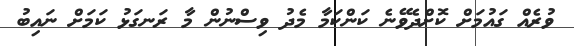
ވުރެއް ގައުމަށް ކޮށްދެވޭނެ ކަންކަމާ މެދު ވިސްނުން މާ ރަނގަޅު ކަމަށް ނައިބު